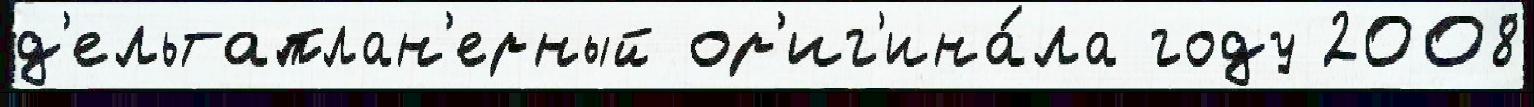
д'ельтаплан'ерный ор'иг'ина́ла году 2008